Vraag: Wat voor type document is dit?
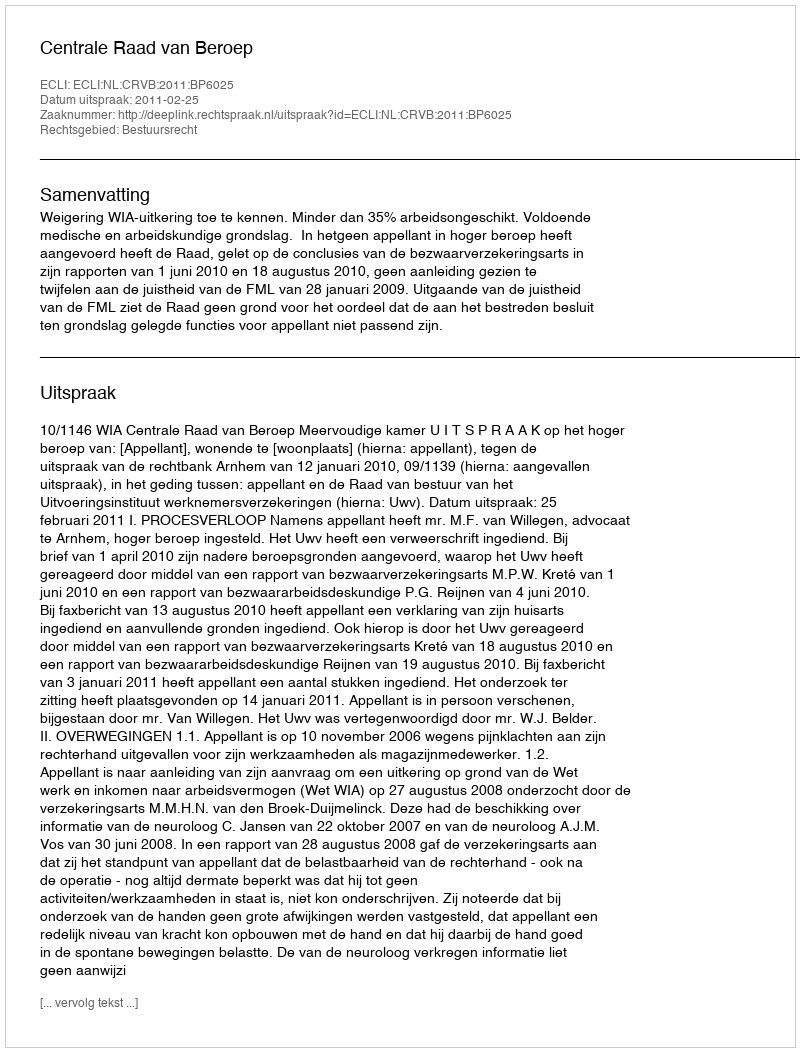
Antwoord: Uitspraak